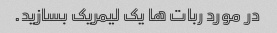
در مورد ربات ها یک لیمریک بسازید.